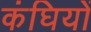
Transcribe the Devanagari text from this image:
कंघियों